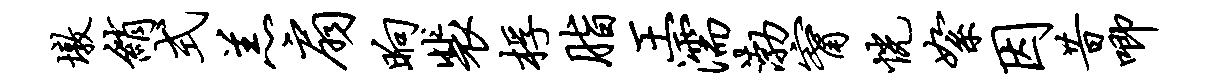
墩绡式羔扇晌裴桴脂王濡渤甯恍絮因昔唧